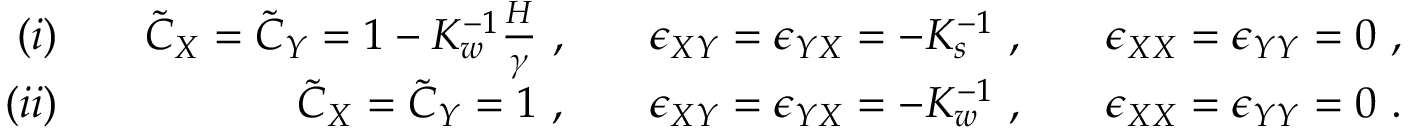
\begin{array} { r l r l r l r } { ( i ) } & { } & { \tilde { C } _ { X } = \tilde { C } _ { Y } = 1 - K _ { w } ^ { - 1 } \frac { H } { \gamma } ~ , } & { } & { \epsilon _ { X Y } = \epsilon _ { Y X } = - K _ { s } ^ { - 1 } ~ , } & { } & { \epsilon _ { X X } = \epsilon _ { Y Y } = 0 ~ , } \\ { ( i i ) } & { } & { \tilde { C } _ { X } = \tilde { C } _ { Y } = 1 ~ , } & { } & { \epsilon _ { X Y } = \epsilon _ { Y X } = - K _ { w } ^ { - 1 } ~ , } & { } & { \epsilon _ { X X } = \epsilon _ { Y Y } = 0 ~ . } \end{array}